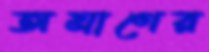
অঘ্রাণের